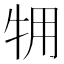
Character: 𱭫